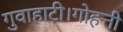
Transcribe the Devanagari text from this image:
गुवाहाटी।गोहत्ती